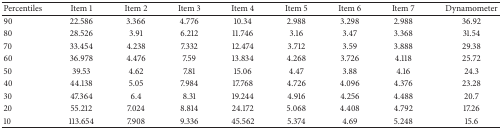
| Percentiles | Item 1 | Item 2 | Item 3 | Item 4 | Item 5 | Item 6 | Item 7 | Dynamometer |
 | --- | --- | --- | --- | --- | --- | --- | --- | --- |
 | 90 | 22.586 | 3.366 | 4.776 | 10.34 | 2.988 | 3.298 | 2.988 | 36.92 |
 | 80 | 28.526 | 3.91 | 6.212 | 11.746 | 3.16 | 3.47 | 3.368 | 31.54 |
 | 70 | 33.454 | 4.238 | 7.332 | 12.474 | 3.712 | 3.59 | 3.888 | 29.38 |
 | 60 | 36.978 | 4.476 | 7.59 | 13.834 | 4.268 | 3.726 | 4.118 | 25.72 |
 | 50 | 39.53 | 4.62 | 7.81 | 15.06 | 4.47 | 3.88 | 4.16 | 24.3 |
 | 40 | 44.138 | 5.05 | 7.984 | 17.768 | 4.726 | 4.096 | 4.376 | 23.28 |
 | 30 | 47.364 | 6.4 | 8.31 | 19.244 | 4.916 | 4.256 | 4.488 | 20.7 |
 | 20 | 55.212 | 7.024 | 8.814 | 24.172 | 5.068 | 4.408 | 4.792 | 17.26 |
 | 10 | 113.654 | 7.908 | 9.336 | 45.562 | 5.374 | 4.69 | 5.248 | 15.6 |